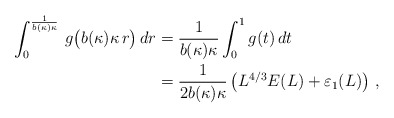
\begin{align*}\int_0^{\frac1{b(\kappa)\kappa}}\,g\big(b(\kappa)\kappa\,r\big)\,dr&=\frac1{b(\kappa)\kappa}\int_0^1g(t)\,dt\\&=\frac1{2b(\kappa)\kappa}\left(L^{4/3}E(L)+\varepsilon_1(L)\right)\,,\end{align*}